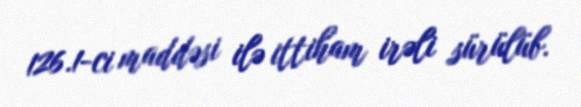
126.1-ci maddəsi ilə ittiham irəli sürülüb.